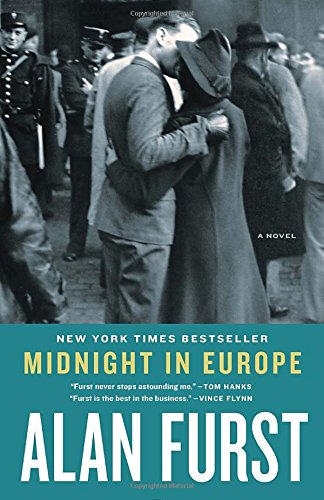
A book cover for Midnight in Europe: A Novel; Alan Furst; Mystery, Thriller & Suspense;